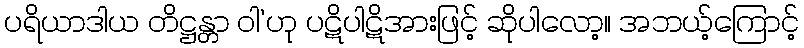
ပရိယာဒါယ တိဋ္ဌန္တာ ဝါ’ဟု ပဋိပါဋိအားဖြင့် ဆိုပါလော့။ အဘယ့်ကြောင့်